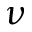
\nu